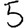
Digit: 5